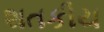
શતકીય